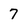
Character: 7